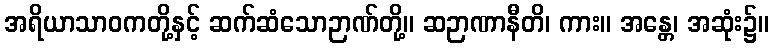
အရိယာသာဝကတို့နှင့် ဆက်ဆံသောဉာဏ်တို့။ ဆဉာဏာနီတိ၊ ကား။ အန္တေ၊ အဆုံး၌။